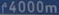
f4000m